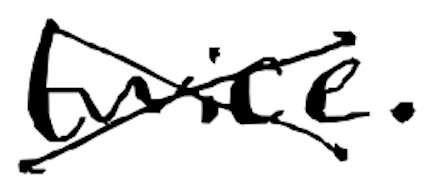
Text: twice.
Cross-out: cross
Writing tool: digital_black